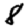
Digit: 8